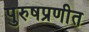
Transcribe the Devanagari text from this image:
पुरुषप्रणीत